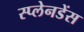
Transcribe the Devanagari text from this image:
स्प्लेनडेंस